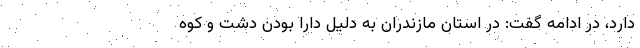
دارد، در ادامه گفت: در استان مازندران به دلیل دارا بودن دشت و کوه